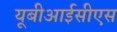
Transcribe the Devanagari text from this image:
यूबीआईसीएस